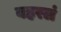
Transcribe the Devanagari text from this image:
बहरलं